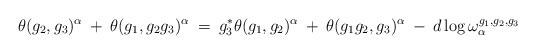
\begin{align*}\theta(g_2, g_3)^{\alpha} \: + \: \theta(g_1, g_2 g_3)^{\alpha} \: = \:g_3^* \theta(g_1, g_2)^{\alpha} \: + \:\theta(g_1 g_2, g_3)^{\alpha} \: - \: d \log \omega^{g_1, g_2, g_3}_{\alpha}\end{align*}